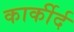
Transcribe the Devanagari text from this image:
कार्कीर्द